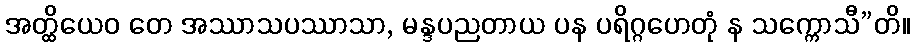
အတ္ထိယေဝ တေ အဿာသပဿာသာ, မန္ဒပညတာယ ပန ပရိဂ္ဂဟေတုံ န သက္ကောသီ”တိ။